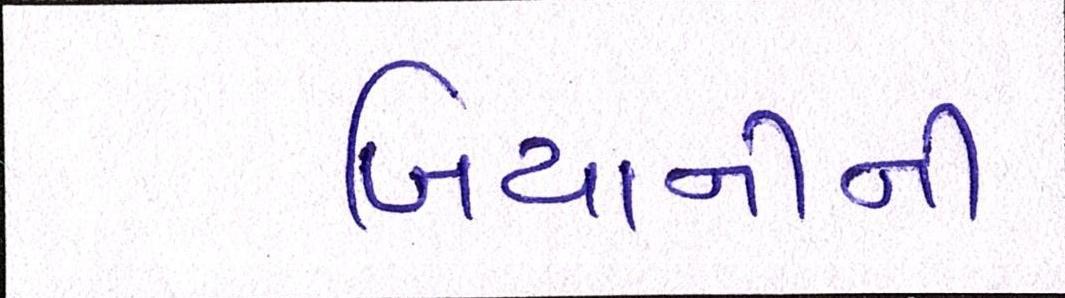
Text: બિયાનીની